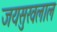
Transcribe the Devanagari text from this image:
जयसुखलाल